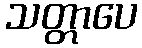
သတ္တာပေ